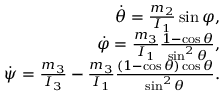
\begin{array} { r } { \dot { \theta } = \frac { m _ { 2 } } { I _ { 1 } } \sin \varphi , } \\ { \dot { \varphi } = \frac { m _ { 3 } } { I _ { 1 } } \frac { 1 - \cos \theta } { \sin ^ { 2 } \theta } , } \\ { \dot { \psi } = \frac { m _ { 3 } } { I _ { 3 } } - \frac { m _ { 3 } } { I _ { 1 } } \frac { ( 1 - \cos \theta ) \cos \theta } { \sin ^ { 2 } \theta } . } \end{array}